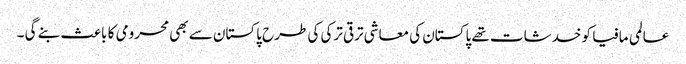
عالمی مافیا کو خدشات تھے پاکستان کی معاشی ترقی ترکی کی طرح پاکستان سے بھی محرومی کا باعث بنے گی ۔